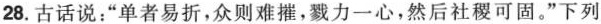
28.古话说：”单者易折，众则难摧，戮力一心，然后社稷可固。”下列